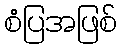
စံပြအဖြစ်